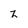
Character: z